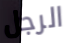
الرجل